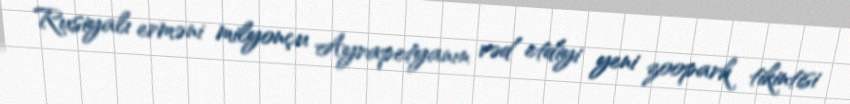
Rusiyalı erməni milyonçu Ayrapetyanın vəd etdiyi yeni zoopark tikintisi